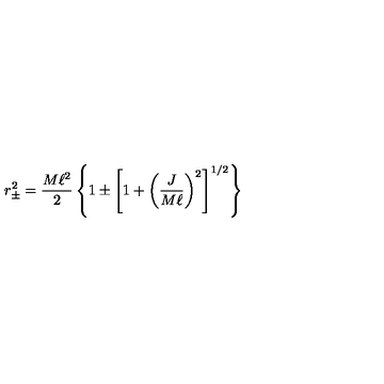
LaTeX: r _ { \pm } ^ { 2 } = { \frac { M \ell ^ { 2 } } { 2 } } \left\{ 1 \pm \left[ 1 + \left( { \frac { J } { M \ell } } \right) ^ { 2 } \right] ^ { 1 / 2 } \right\}